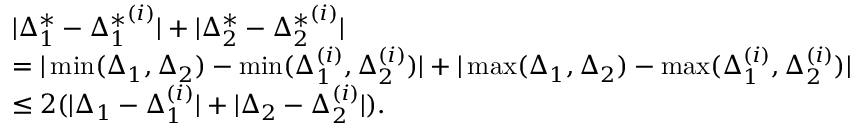
\begin{array} { r l } & { | \Delta _ { 1 } ^ { * } - { \Delta _ { 1 } ^ { * } } ^ { ( i ) } | + | \Delta _ { 2 } ^ { * } - { \Delta _ { 2 } ^ { * } } ^ { ( i ) } | } \\ & { = | \operatorname* { m i n } ( \Delta _ { 1 } , \Delta _ { 2 } ) - \operatorname* { m i n } ( \Delta _ { 1 } ^ { ( i ) } , \Delta _ { 2 } ^ { ( i ) } ) | + | \operatorname* { m a x } ( \Delta _ { 1 } , \Delta _ { 2 } ) - \operatorname* { m a x } ( \Delta _ { 1 } ^ { ( i ) } , \Delta _ { 2 } ^ { ( i ) } ) | } \\ & { \leq 2 ( | \Delta _ { 1 } - \Delta _ { 1 } ^ { ( i ) } | + | \Delta _ { 2 } - \Delta _ { 2 } ^ { ( i ) } | ) . } \end{array}